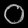
Digit: ၀